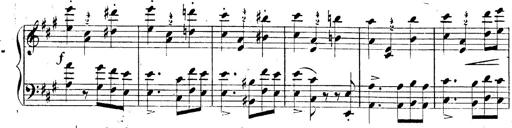
Title: 3 Caprices-Valses
Composer: Franz Liszt